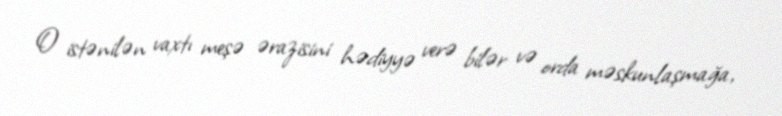
O istənilən vaxtı meşə ərazisini hədiyyə verə bilər və orda məskunlaşmağa,